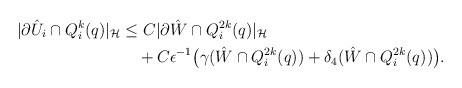
\begin{align*}|\partial \hat{U}_i \cap Q^k_i(q)|_{\cal H} &\le C|\partial \hat{W} \cap Q^{2k}_i(q)|_{\cal H} \\& \ \ \ +C\epsilon^{-1}\big(\gamma(\hat{W} \cap Q^{2k}_i(q)) + \delta_4(\hat{W} \cap Q^{2k}_i(q))\big).\end{align*}